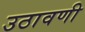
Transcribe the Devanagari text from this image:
उठावणी